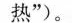
热”)。